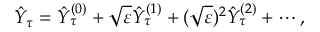
\hat { Y } _ { \tau } = \hat { Y } _ { \tau } ^ { ( 0 ) } + \sqrt { \varepsilon } \hat { Y } _ { \tau } ^ { ( 1 ) } + ( \sqrt { \varepsilon } ) ^ { 2 } \hat { Y } _ { \tau } ^ { ( 2 ) } + \cdots ,